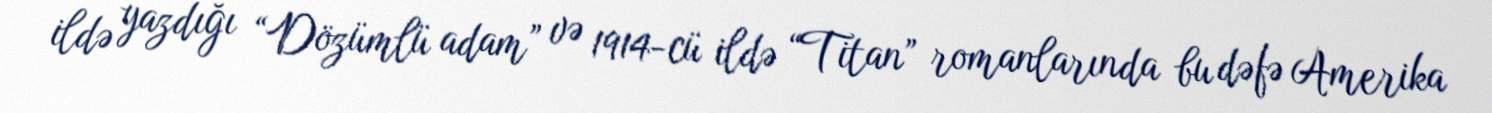
ildə yazdığı “Dözümlü adam” və 1914-cü ildə “Titan” romanlarında bu dəfə Amerika